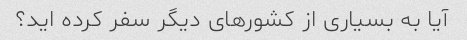
آیا به بسیاری از کشورهای دیگر سفر کرده اید؟